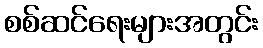
စစ်ဆင်ရေးများအတွင်း